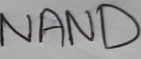
Text: NAND